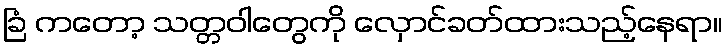
ခြံ ကတော့ သတ္တဝါတွေကို လှောင်ခတ်ထားသည့်နေရာ။